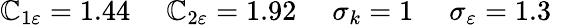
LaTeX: {\mathbb{C}_{1\varepsilon}}=1.44\quad\; {\mathbb{C}_{2\varepsilon}}=1.92\quad\; {\sigma_{k}}=1\quad\; {\sigma_{\varepsilon}}=1.3\quad